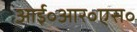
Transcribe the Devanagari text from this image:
आई॰आर॰एस॰